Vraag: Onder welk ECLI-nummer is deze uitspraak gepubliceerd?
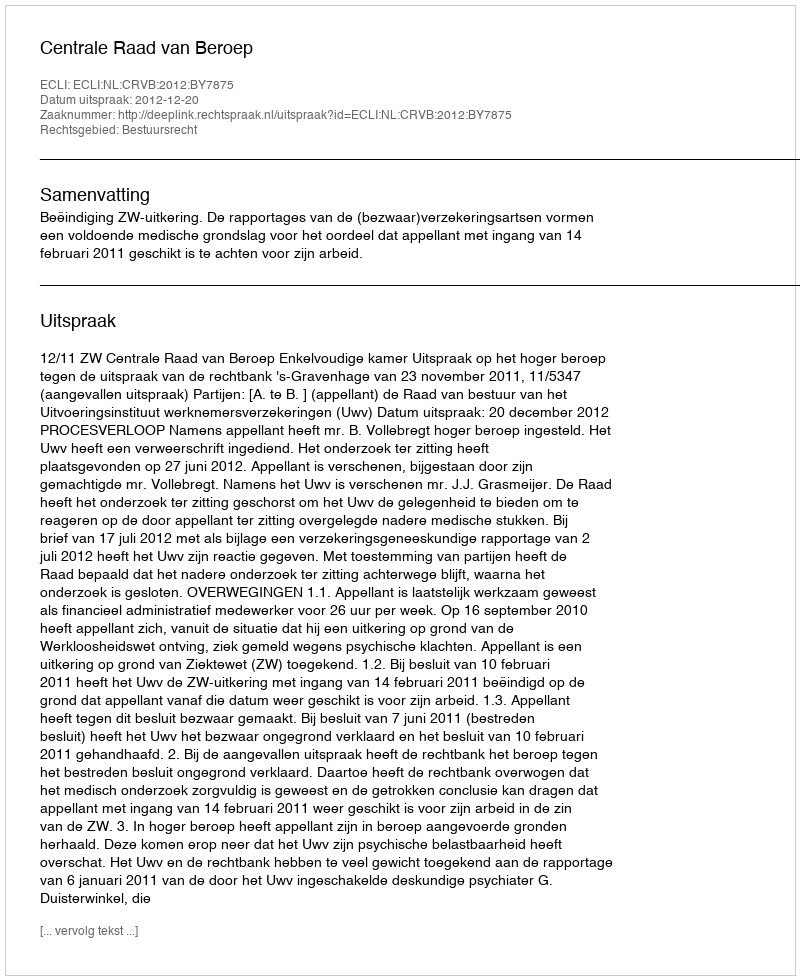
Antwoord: ECLI:NL:CRVB:2012:BY7875